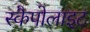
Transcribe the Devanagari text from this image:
स्कैपोलाइट